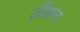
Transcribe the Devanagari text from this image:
लैंडन